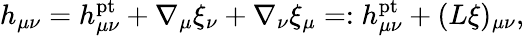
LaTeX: h_{\mu\nu}=h_{\mu\nu}^{\mathrm{pt}}+\nabla_{\mu}\xi_{\nu}+\nabla_{\nu}\xi_{\mu}=:h_{\mu\nu}^{\mathrm{pt}}+(L\xi)_{\mu\nu},